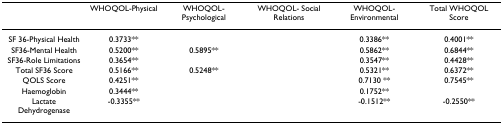
<table><thead><tr><td>[EMPTY_CELL]</td><td><b>WHOQOL-Physical</b></td><td><b>WHOQOL-Psychological</b></td><td><b>WHOQOL- Social Relations</b></td><td><b>WHOQOL-Environmental</b></td><td><b>Total WHOQOL Score</b></td></tr></thead><tbody><tr><td>SF 36-Physical Health</td><td>0.3733**</td><td>[EMPTY_CELL]</td><td>[EMPTY_CELL]</td><td>0.3386**</td><td>0.4001**</td></tr><tr><td>SF36-Mental Health</td><td>0.5200**</td><td>0.5895**</td><td>[EMPTY_CELL]</td><td>0.5862**</td><td>0.6844**</td></tr><tr><td>SF36-Role Limitations</td><td>0.3654**</td><td>[EMPTY_CELL]</td><td>[EMPTY_CELL]</td><td>0.3547**</td><td>0.4428**</td></tr><tr><td>Total SF36 Score</td><td>0.5166**</td><td>0.5248**</td><td>[EMPTY_CELL]</td><td>0.5321**</td><td>0.6372**</td></tr><tr><td>QOLS Score</td><td>0.4251**</td><td>[EMPTY_CELL]</td><td>[EMPTY_CELL]</td><td>0.7130 **</td><td>0.7545**</td></tr><tr><td>Haemoglobin</td><td>0.3444**</td><td>[EMPTY_CELL]</td><td>[EMPTY_CELL]</td><td>0.1752**</td><td>[EMPTY_CELL]</td></tr><tr><td>Lactate Dehydrogenase</td><td>-0.3355**</td><td>[EMPTY_CELL]</td><td>[EMPTY_CELL]</td><td>-0.1512**</td><td>-0.2550**</td></tr></tbody></table>